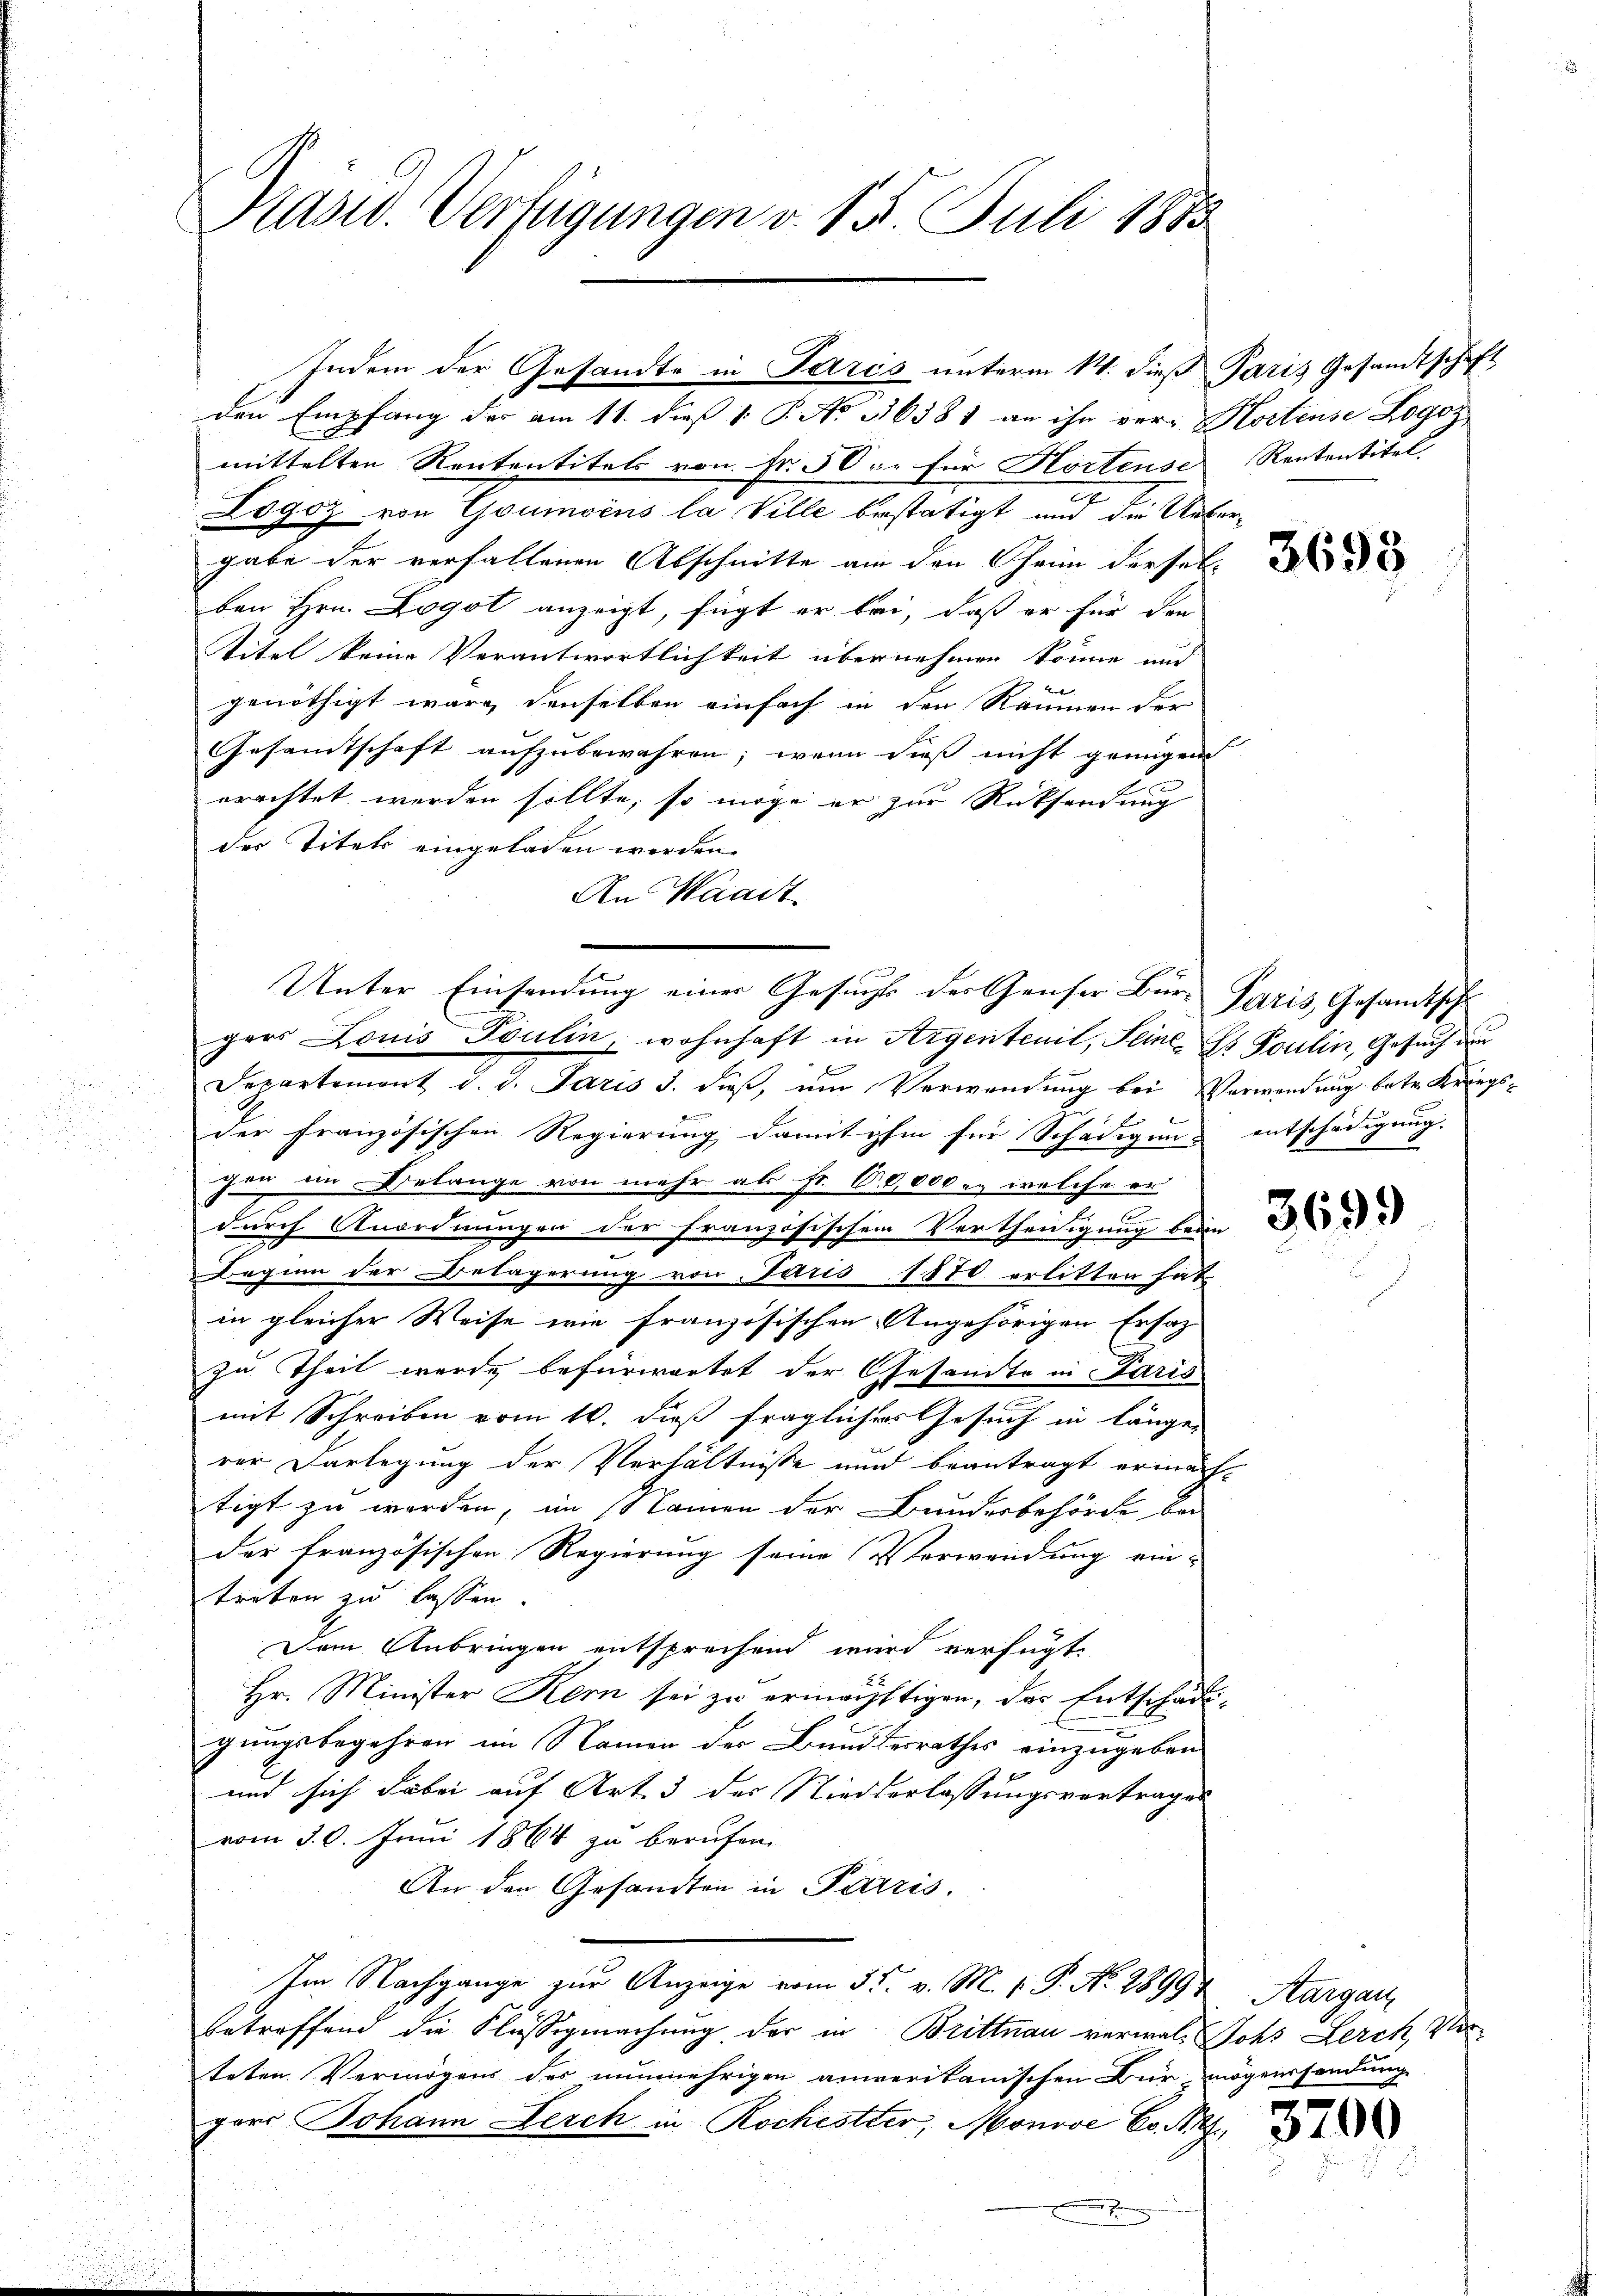
Pasw. Verfügungen v. 15. Juli 1883

den Empfang der am 11. dieß 1. P. No 16381 an ihn ver- Kostense Logoz
mittelten Rententitels von Fr. 50 xr für Kortense
Logoz von Goumoins la Ville bestätigt und die Uebergabe der verfallenen Abschnitte am den Oheim derselben Hrn. Logot anzeigt, fügt er bei, daß er für der
titel keine Verantwortlichkeit übernehmen könne und
genöthigt wäre, denselben einfach in den Räumen der
Gesamtschaft aufzubewahren; wenn dies nicht genügen
erachtet werden sollte, so möge er zur Rücksendung
der Titels eingeladen werden.
An Waadt
Separtement d. d. Paris d. dieß, um Verwendung bei Verwendung betr. Kriegs-
der französischen Regierung damit ihn für Schädigens entschädigung.
hon im Belange von mehr als Fr. 60,000 u. welche er
durch Anordnungen der Französischen Vertheidigung beden
Beginn der Belagerung von Paris 1870 erlitten hat
in gleicher Weise wie französischen Angehörigen Ersatz
zu Theil wurde befürwortet der Gesandte in Paris
mit Schreiben vom 10. dieß fraglicher Gesuch in längen
rer Darlegung der Verhältnisse und beantragt ermächtigt zu werden, im Namen der Bundesbehörde kei
der französischen Regierung seine Verwendung ein-
treten zu lassen.
Dem Anbringen entsprechend wird verfügt:
Hr. Minister Kern sei zu ermächtigen, das Entschädigungsbegehren im Namen der Bundesrathes einzugeben
und sich dabei auf Art. 3 des Niederlassungsvertrages
vom 30. Juni 1864 zu berufen
An den Gesandten in Paris.
Im Nachgange zur Anzeige vom 3 t v. M. v. P. Nr. 28994, Aargar
betreffend die Flüssigmachung der in Brittnau verwalt Johs Lerch, Verteten Vermögens des nunmehrigen amerikanischen Bürmögenssendung
gers Johann Lerch in Rochester, Monooe Eo. N

Indem der Gesandte in Paris unterm 14. dieß Paris Gesandtschaft

E
Unter Einsendung einer Gesucht der Genser Bür- Paris, Gesandtschl
gers Louis Foulin, wohnhaft in Argentenil, Seine Gs Poulin, Gesuch de

Rententitel.

3698

3699

3200